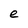
Character: e